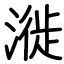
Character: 漇